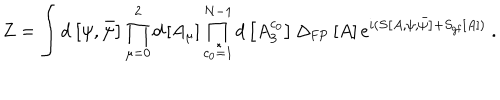
Z = \int d \left[ \psi , \bar { \psi } \right] \prod _ { \mu = 0 } ^ { 2 } d \left[ A _ { \mu } \right] \prod _ { c _ { 0 } = 1 } ^ { N - 1 } d \left[ A _ { 3 } ^ { c _ { 0 } } \right] \Delta _ { \mathrm { F P } } \left[ A \right] e ^ { i ( S \left[ A , \psi , \bar { \psi } \right] + S _ { \mathrm { g f } } \left[ A \right] ) } \ .